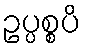
ဥပ္ပစ္စပိ